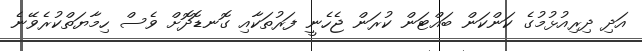
އަދި ދިރިއުޅުމުގެ ކަންކަން ބައްޓަން ކުރަން ޖެހެނީ ފަރުތަކާއި ގޮނޑޮދޮށް ވެސް ހިމާޔަތްކުރެވޭނެ